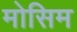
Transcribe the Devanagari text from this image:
मोसिम